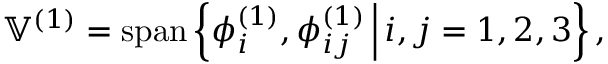
\mathbb { V } ^ { ( 1 ) } = \operatorname { s p a n } \left\{ \phi _ { i } ^ { ( 1 ) } , \phi _ { i j } ^ { ( 1 ) } \, \Big | \, i , j = 1 , 2 , 3 \right\} ,